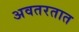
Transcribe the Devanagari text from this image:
अवतरतात